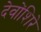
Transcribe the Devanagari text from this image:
देवोंशिरे